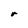
Character: r